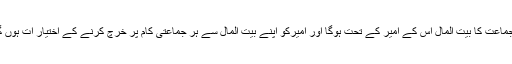
ہر جماعت کا بیت المال اُس کے امیر کے تحت ہوگا اور امیرکو اپنے بیت المال سے ہر جماعتی کام پر خرچ کرنے کے اختیار ات ہوں گے۔